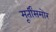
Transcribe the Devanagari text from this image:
मूर्तींसमोर